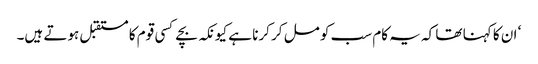
‘ ان کا کہنا تھا کہ یہ کام سب کو مل کر کرنا ہے کیونکہ بچے کسی قوم کا مستقبل ہوتے ہیں۔